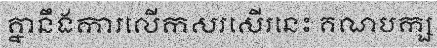
គ្នានឹងការលើកសរសើរនេះ គណបក្ស